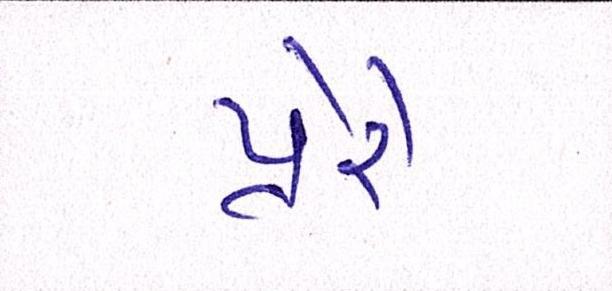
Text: પ્રેરે